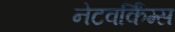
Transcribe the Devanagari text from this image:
नेटवर्किंग्स